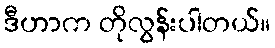
ဒီဟာက တိုလွန်းပါတယ်။